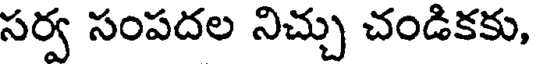
సర్వ సంపదల నిచ్చు చండికకు,